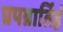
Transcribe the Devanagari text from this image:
प्रपन्नार्तिहं